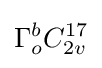
\Gamma _{o}^{b}C_{2v}^{17}